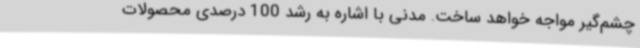
چشم‌گیر مواجه خواهد ساخت. مدنی با اشاره به رشد 100 درصدی محصولات